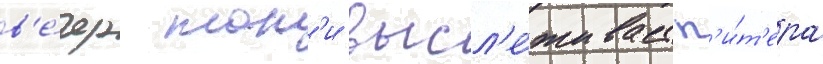
в'е́чер тон'и высл'е́живает п'и́т'ера